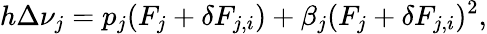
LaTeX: h\Delta\nu_{j}=p_{j}(F_{j}+\delta F_{j,i})+\beta_{j}(F_{j}+\delta F_{j,i})^{2},